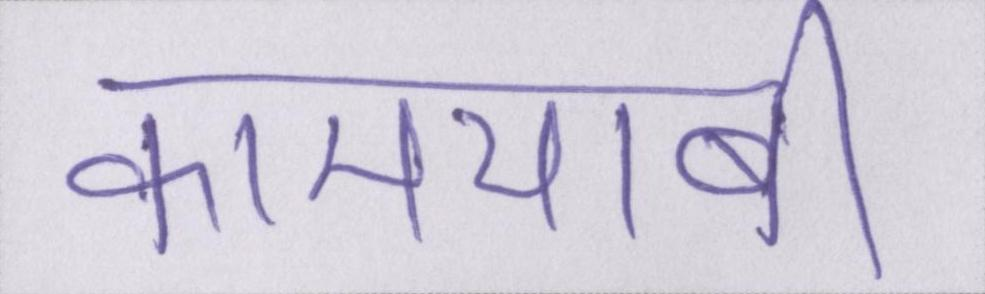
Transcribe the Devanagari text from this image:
कामयाबी